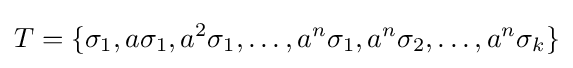
T=\{\sigma _{1},a\sigma _{1},a^{2}\sigma _{1},\dots ,a^{n}\sigma _{1},a^{n}\sigma _{2},\dots ,a^{n}\sigma _{k}\}